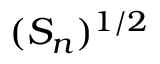
( S _ { n } ) ^ { 1 / 2 }